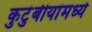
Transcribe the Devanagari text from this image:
कुटुंबीयांमध्ये